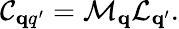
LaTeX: \mathcal{C}_{\mathbf qq^{\prime}}=\mathcal{M}_{\mathbf q}\mathcal{L}_{\mathbf q^{\prime}}.